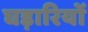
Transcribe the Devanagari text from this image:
घड़ारियों